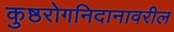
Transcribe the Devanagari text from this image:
कुष्ठरोगनिदानावरील